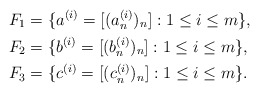
\begin{align*}&F_1=\{a^{(i)}=[(a_n^{(i)})_{n}]: 1\le i\le m\},\\&F_2=\{b^{(i)}=[(b_n^{(i)})_{n}]: 1\le i\le m\},\\&F_3=\{c^{(i)}=[(c_n^{(i)})_{n}]: 1\le i\le m\}.\end{align*}